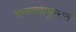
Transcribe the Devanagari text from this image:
भजनाप्रमुन्नते